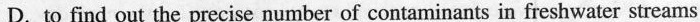
D. to find out the precise number of contaminants in freshwater streams